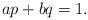
LaTeX: \begin{align*} ap+bq=1.\end{align*}